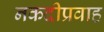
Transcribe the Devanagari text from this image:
नकदीप्रवाह